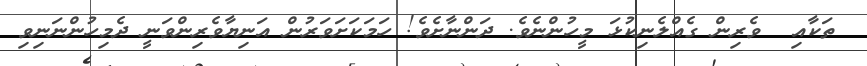
ތަކާއި  ވެރިން ގެއްލެނިކުޅަ މީހުންނެވެ. ދަންނާށެވެ! ހަމަކަށަވަރުން އަނިޔާވެރިންވަނީ ދެމިހުންނަނިވި